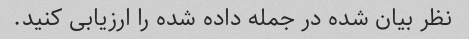
نظر بیان شده در جمله داده شده را ارزیابی کنید.